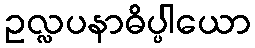
ဥလ္လပနာဓိပ္ပါယော